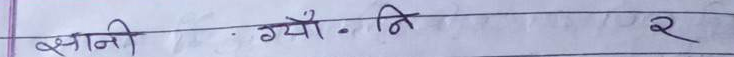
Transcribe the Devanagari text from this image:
ज्ञानी - गयो.नि २